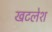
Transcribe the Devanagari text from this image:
खटलेश